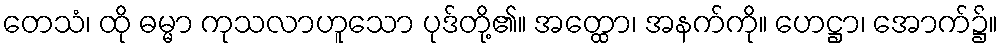
တေသံ၊ ထို ဓမ္မာ ကုသလာဟူသော ပုဒ်တို့၏။ အတ္ထော၊ အနက်ကို။ ဟေဋ္ဌာ၊ အောက်၌။